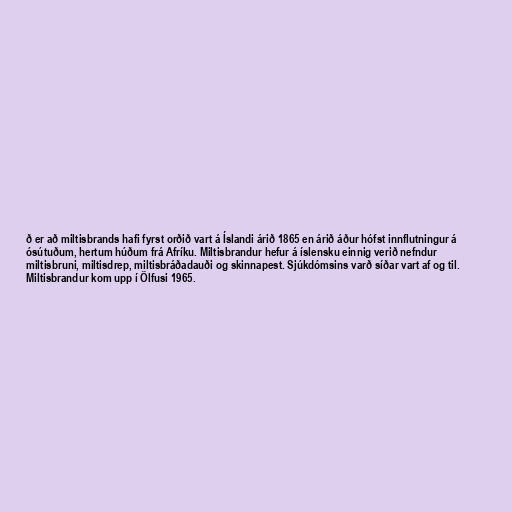
ð er að miltisbrands hafi fyrst orðið vart á Íslandi árið 1865 en árið áður hófst innflutningur á
ósútuðum, hertum húðum frá Afríku. Miltisbrandur hefur á íslensku einnig verið nefndur
miltisbruni, miltisdrep, miltisbráðadauði og skinnapest. Sjúkdómsins varð síðar vart af og til.
Miltisbrandur kom upp í Ölfusi 1965.